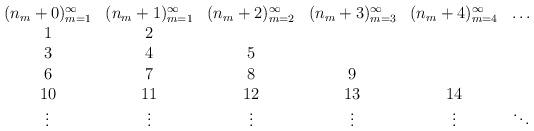
LaTeX: \begin{align*} \begin{array}{cccccc} (n_m + 0)_{m=1}^\infty & (n_m + 1)_{m=1}^\infty & (n_m + 2)_{m=2}^\infty & (n_m + 3)_{m=3}^\infty & (n_m + 4)_{m=4}^\infty & \dots \\ 1&2&&&& \\ 3&4&5&&& \\ 6&7&8&9&& \\ 10&11&12&13&14& \\ \vdots&\vdots&\vdots&\vdots&\vdots&\ddots \end{array}\end{align*}